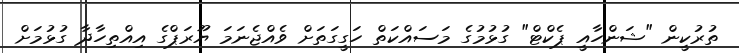
ތުރުކީން "ޝަންހާއީ ޕެކްޓް" ގުޅުމުގެ މަސައްކަތް ހަގީގަތަށް ވެއްޖެނަމަ ޔޫރަޕްގެ އިއްތިހާދާ ގުޅުމަށް